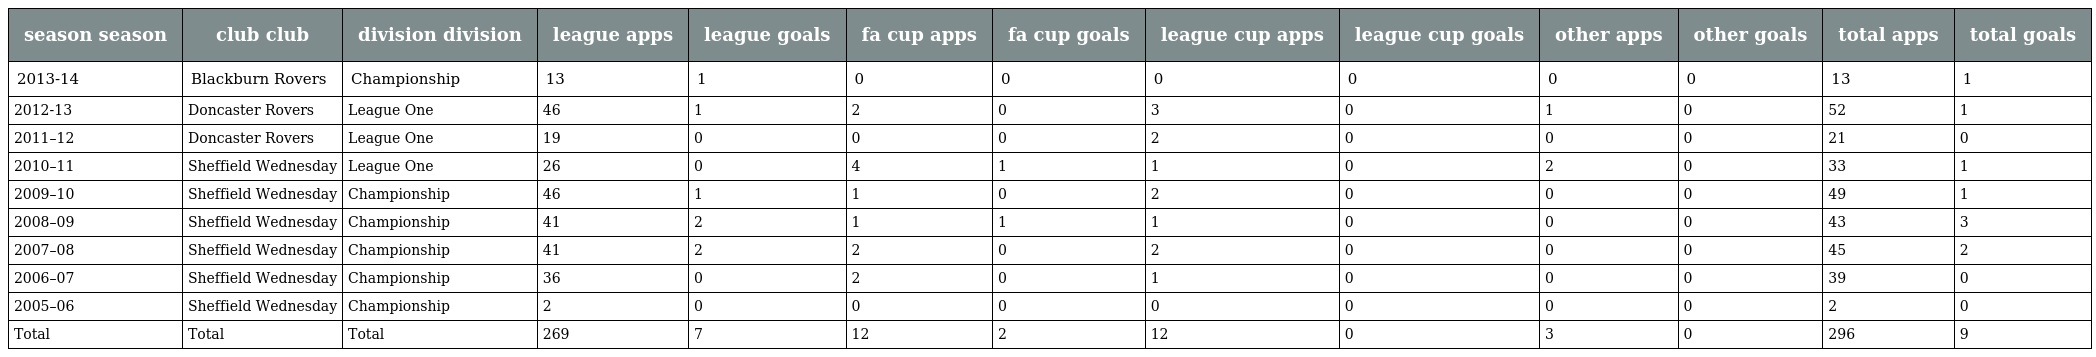
| season season | club club | division division | league apps | league goals | fa cup apps | fa cup goals | league cup apps | league cup goals | other apps | other goals | total apps | total goals |
 | --- | --- | --- | --- | --- | --- | --- | --- | --- | --- | --- | --- | --- |
 | 2013-14 | Blackburn Rovers | Championship | 13 | 1 | 0 | 0 | 0 | 0 | 0 | 0 | 13 | 1 |
 | 2012-13 | Doncaster Rovers | League One | 46 | 1 | 2 | 0 | 3 | 0 | 1 | 0 | 52 | 1 |
 | 2011–12 | Doncaster Rovers | League One | 19 | 0 | 0 | 0 | 2 | 0 | 0 | 0 | 21 | 0 |
 | 2010–11 | Sheffield Wednesday | League One | 26 | 0 | 4 | 1 | 1 | 0 | 2 | 0 | 33 | 1 |
 | 2009–10 | Sheffield Wednesday | Championship | 46 | 1 | 1 | 0 | 2 | 0 | 0 | 0 | 49 | 1 |
 | 2008–09 | Sheffield Wednesday | Championship | 41 | 2 | 1 | 1 | 1 | 0 | 0 | 0 | 43 | 3 |
 | 2007–08 | Sheffield Wednesday | Championship | 41 | 2 | 2 | 0 | 2 | 0 | 0 | 0 | 45 | 2 |
 | 2006–07 | Sheffield Wednesday | Championship | 36 | 0 | 2 | 0 | 1 | 0 | 0 | 0 | 39 | 0 |
 | 2005–06 | Sheffield Wednesday | Championship | 2 | 0 | 0 | 0 | 0 | 0 | 0 | 0 | 2 | 0 |
 | Total | Total | Total | 269 | 7 | 12 | 2 | 12 | 0 | 3 | 0 | 296 | 9 |